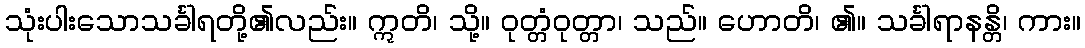
သုံးပါးသောသင်္ခါရတို့၏လည်း။ ဣတိ၊ သို့။ ဝုတ္တံဝုတ္တာ၊ သည်။ ဟောတိ၊ ၏။ သင်္ခါရာနန္တိ၊ ကား။